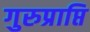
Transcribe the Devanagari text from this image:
गुरुप्राप्ति